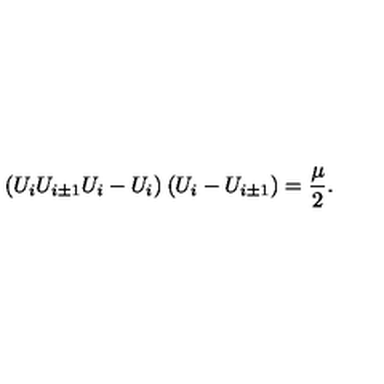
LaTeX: ( U _ { i } U _ { i \pm 1 } U _ { i } - U _ { i } ) \: ( U _ { i } - U _ { i \pm 1 } ) = \frac { \mu } { 2 } .